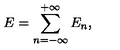
E = \sum _ { n = - \infty } ^ { + \infty } E _ { n } ,